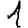
Digit: 1